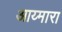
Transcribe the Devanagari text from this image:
आय्मारा